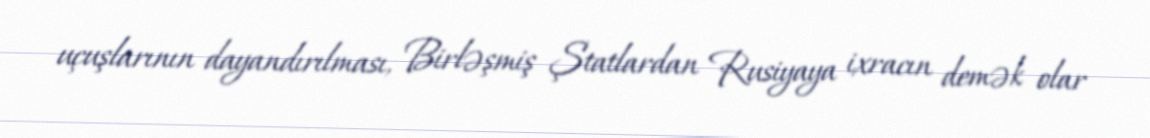
uçuşlarının dayandırılması, Birləşmiş Ştatlardan Rusiyaya ixracın demək olar